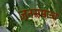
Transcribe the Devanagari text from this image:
जनसमान्य